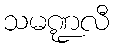
သမဏ္ဍလီ